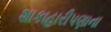
શાકાહારીપણાના